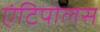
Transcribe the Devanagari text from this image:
एंटिपोलस